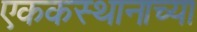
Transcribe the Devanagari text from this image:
एककस्थानाच्या